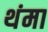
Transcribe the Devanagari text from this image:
थंमा